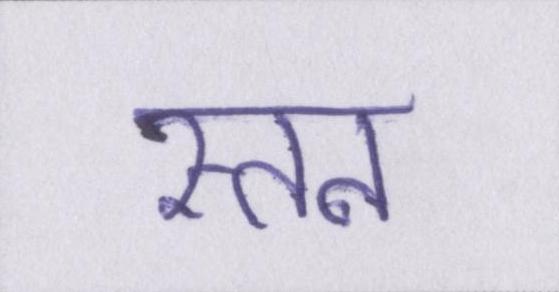
स्तन